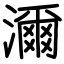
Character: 濔